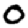
Digit: 0